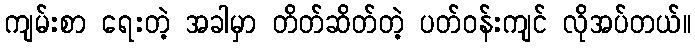
ကျမ်းစာ ရေးတဲ့ အခါမှာ တိတ်ဆိတ်တဲ့ ပတ်ဝန်းကျင် လိုအပ်တယ်။